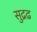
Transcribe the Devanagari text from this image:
सुद्रढ